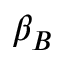
\beta _ { B }